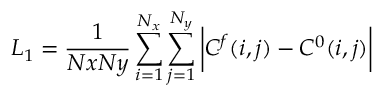
L _ { 1 } = \frac { 1 } { N x N y } \sum _ { i = 1 } ^ { N _ { x } } \sum _ { j = 1 } ^ { N _ { y } } \bigg | C ^ { f } ( i , j ) - C ^ { 0 } ( i , j ) \bigg |